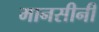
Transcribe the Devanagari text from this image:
मानसीनी